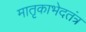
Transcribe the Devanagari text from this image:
मातृकाभेदतंत्र